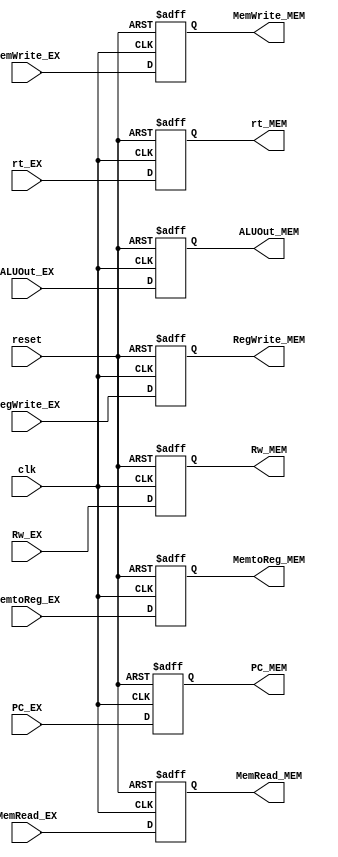
module EX_MEM(
    input wire clk,
    input wire reset,
    
    input wire MemRead_EX,
    input wire MemWrite_EX,
    input wire [31:0] ALUOut_EX,
    input wire [4:0] Rw_EX,
    input wire [1:0] MemtoReg_EX,
    input wire RegWrite_EX,
    input wire [31:0] rt_EX,
    input wire [31:0] PC_EX,

    output reg MemRead_MEM,
    output reg MemWrite_MEM,
    output reg [31:0] ALUOut_MEM,
    output reg [4:0] Rw_MEM,
    output reg [1:0] MemtoReg_MEM,
    output reg RegWrite_MEM,
    output reg [31:0] rt_MEM,
    output reg [31:0] PC_MEM
);// 2+ 8 +8

initial begin
    MemRead_MEM <= 0;
    MemWrite_MEM <= 0;
    ALUOut_MEM <= 0;
    Rw_MEM <= 0;
    MemtoReg_MEM <= 0;
    RegWrite_MEM <= 0;
    rt_MEM <= 0;
    PC_MEM <= 0; 
end

always@(posedge clk or posedge reset) begin
    if(reset) begin
        MemRead_MEM <= 0;
        MemWrite_MEM <= 0;
        ALUOut_MEM <= 0;
        Rw_MEM <= 0;
        MemtoReg_MEM <= 0;
        RegWrite_MEM <= 0;
        rt_MEM <= 0;
        PC_MEM <= 0;
    end
    else begin
        MemRead_MEM <= MemRead_EX;
        MemWrite_MEM <= MemWrite_EX;
        ALUOut_MEM <= ALUOut_EX;
        Rw_MEM <= Rw_EX;
        MemtoReg_MEM <= MemtoReg_EX;
        RegWrite_MEM <= RegWrite_EX;
        rt_MEM <= rt_EX;
        PC_MEM <= PC_EX;
    end
end

endmodule